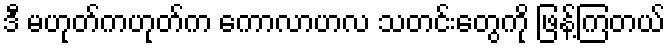
ဒီ မဟုတ်ကဟုတ်က ကောလာဟလ သတင်းတွေကို ဖြန့်ကြတယ်